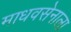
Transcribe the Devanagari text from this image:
माधवसेनाला